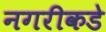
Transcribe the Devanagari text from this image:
नगरीकडे